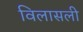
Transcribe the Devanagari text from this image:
विलासली